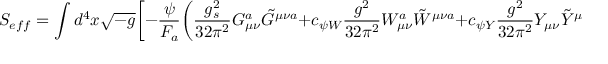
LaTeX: S _ { e f f } = \int d ^ { 4 } x \sqrt { - g } \biggl [ - \frac { \psi } { F _ { a } } \biggl ( \frac { g _ { s } ^ { 2 } } { 3 2 \pi ^ { 2 } } G _ { \mu \nu } ^ { a } \tilde { G } ^ { \mu \nu a } + c _ { \psi W } \frac { g ^ { 2 } } { 3 2 \pi ^ { 2 } } W _ { \mu \nu } ^ { a } \tilde { W } ^ { \mu \nu a } + c _ { \psi Y } \frac { g ^ { 2 } } { 3 2 \pi ^ { 2 } } Y _ { \mu \nu } \tilde { Y } ^ { \mu \nu } \biggl ) \biggr ]